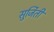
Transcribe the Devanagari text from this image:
सुर्जिती